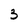
Character: 3